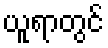
ယူရာတွင်